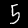
Label: 5